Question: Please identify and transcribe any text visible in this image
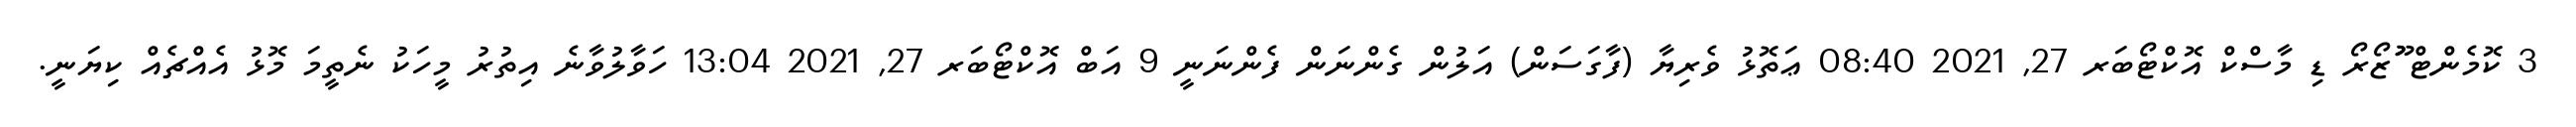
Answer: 3 ކޮމެންޓް ޫުޒޯރޯ ޑި މާސްކް އޮކްޓޯބަރ 27, 2021 08:40 ޢަތޮޅު ވެރިޔާ (ފާގަސަން) އަލުން ގެންނަން ފެންނަނީ 9 އަބް އޮކްޓޯބަރ 27, 2021 13:04 ހަވާލުވާނެ އިތުރު މީހަކު ނެތީމަ މޮޅު އެއްޗެއް ކިޔަނީ.